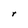
Character: r